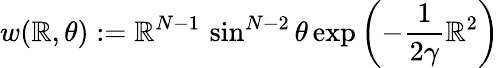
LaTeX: w(\mathbb{R},\theta):=\mathbb{R}^{N-1}\, \sin^{N-2}\theta\exp\left(-\frac{{1}}{{2\gamma}}\mathbb{R}^{2}\right)